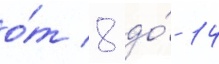
о́т 8 до́ 14